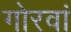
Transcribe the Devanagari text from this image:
गोरवां